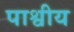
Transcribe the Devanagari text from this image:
पाश्वीय